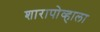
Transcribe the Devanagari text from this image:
शारापोव्हाला